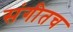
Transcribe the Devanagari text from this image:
संगीतच